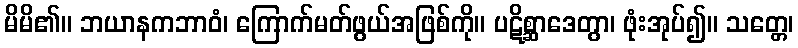
မိမိ၏။ ဘယာနကဘာဝံ၊ ကြောက်မတ်ဖွယ်အဖြစ်ကို။ ပဋိစ္ဆာဒေတွာ၊ ဖုံးအုပ်၍။ သတ္တေ၊